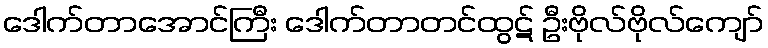
ဒေါက်တာအောင်ကြီး ဒေါက်တာတင်ထွဋ် ဦးဗိုလ်ဗိုလ်ကျော်